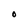
Character: O